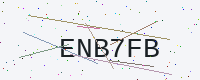
Text: ENB7FB